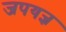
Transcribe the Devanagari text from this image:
जपयज्ञ